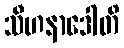
သီဟနာဒေါတိ